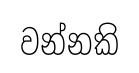
වන්නකි